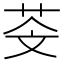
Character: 𦮫